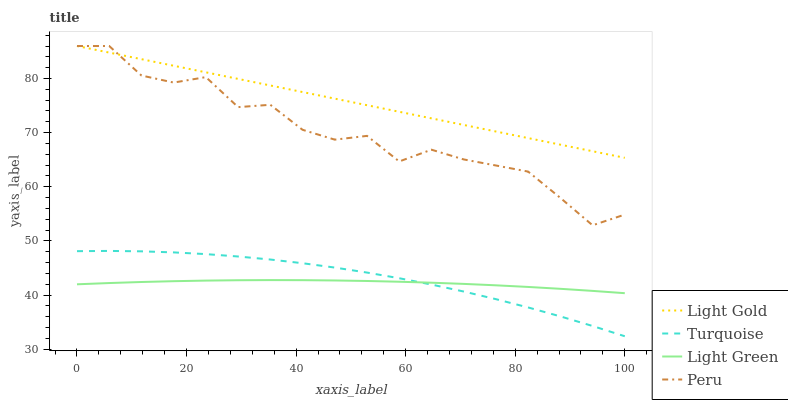
| xaxis_label | Light Gold | Turquoise | Light Green | Peru |
 | --- | --- | --- | --- | --- |
 | 0 | 86 | 48.1 | 42 | 86 |
 | 5.88 | 84.8 | 48.2 | 42.2 | 86 |
 | 11.8 | 83.6 | 48.1 | 42.4 | 80.6 |
 | 17.6 | 82.4 | 47.9 | 42.6 | 79.3 |
 | 23.5 | 81.1 | 47.6 | 42.7 | 80.3 |
 | 29.4 | 79.9 | 47.1 | 42.7 | 74.7 |
 | 35.3 | 78.7 | 46.6 | 42.8 | 75.1 |
 | 41.2 | 77.5 | 45.9 | 42.8 | 70.5 |
 | 47.1 | 76.3 | 45.1 | 42.7 | 68.7 |
 | 52.9 | 75.1 | 44.2 | 42.6 | 69.4 |
 | 58.8 | 73.9 | 43.1 | 42.5 | 64.7 |
 | 64.7 | 72.6 | 42 | 42.3 | 66.9 |
 | 70.6 | 71.4 | 40.7 | 42.1 | 65.1 |
 | 76.5 | 70.2 | 39.3 | 41.8 | 63.9 |
 | 82.4 | 69 | 37.7 | 41.5 | 62.8 |
 | 88.2 | 67.8 | 36.1 | 41.2 | 58 |
 | 94.1 | 66.6 | 34.3 | 40.8 | 52.9 |
 | 100 | 65.4 | 32.4 | 40.4 | 54.9 |